system: You are a helpful assistant.
user:
Analyze the provided spectrum to determine if it is a **Carbon Star (C-type)**.

- **Key Visual Indicators of Carbon Star:**
    - **(Primary):** Strong molecular absorption from **C₂ (diatomic carbon) "Swan Bands."** This is the **defining feature** of a carbon star.
        - **(Key Bandheads):** Sharp absorption edges are visible at approximately $5635$ Å, $5165$ Å (the strongest band), and $4737$ Å.
        - **(Line Profile):** Creates a distinct **"saw-tooth"** pattern. The key morphology is a sharp, steep bandhead on the **red (long-wavelength) side**, which then gradually tapers off (i.e., flux recovers) towards the **blue (short-wavelength) side**. *(This is the direct opposite of the TiO bands seen in M-type stars)*.

    - **(Secondary):** Intense **CN (cyanogen)** molecular absorption bands.
        - **(Key Bandheads):** Located in the blue and violet regions of the spectrum (e.g., near $4215$ Å and $3883$ Å).
        - **(Morphology):** These bands are extremely broad and act as a "blanket," absorbing the vast majority of blue and violet light. This creates a characteristic **"cliff"** or **"steep drop-off"** in the spectrum's flux at short wavelengths.

    - **(Key Confirmation):** Strong **CH absorption band (G-band)**.
        - **(Key Bandhead):** Located around $4300$ Å. The contribution from CH molecules to this band is exceptionally strong.

    - **(Overall Spectrum):**
        - The continuum is severely "chopped up" by these deep molecular bands, especially C₂, rather than appearing as a smooth curve.
        - Due to the heavy CN and C₂ absorption in the blue-green, the vast majority of the star's flux is concentrated in the red part of the spectrum, giving the star its characteristic deep red color.

Think first, call **spectral_visualization_tool** if needed to examine features in detail, then provide your final answer. Your response must adhere to the following strict rules:
1.  **Overall Structure:** Your response must follow the format `<think>...</think> <tool_call>...</tool_call> (if a tool is used) <answer>...</answer>`.
2.  **Tool Usage Constraint:** You may only make **one** tool call per turn.
3.  **Final Answer Format:** In the `<answer>` tag, your conclusion must be inside a `\boxed{}` command (e.g., `\boxed{YES}`), followed by your justification.

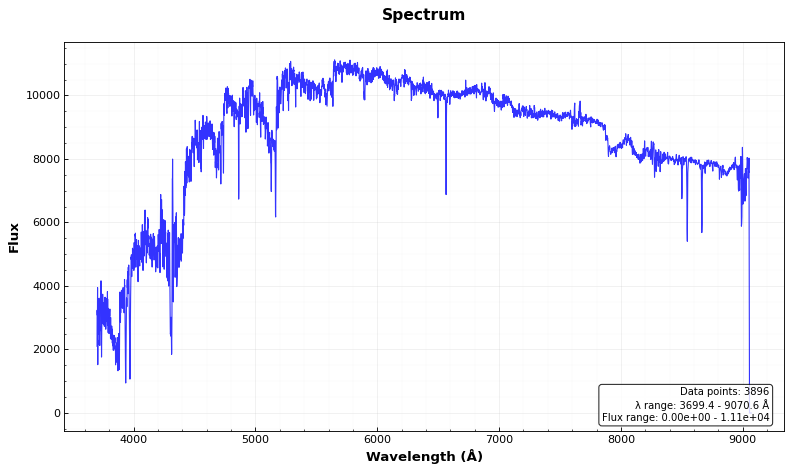
Answer: YES